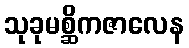
သုခုမစ္ဆိကဇာလေန